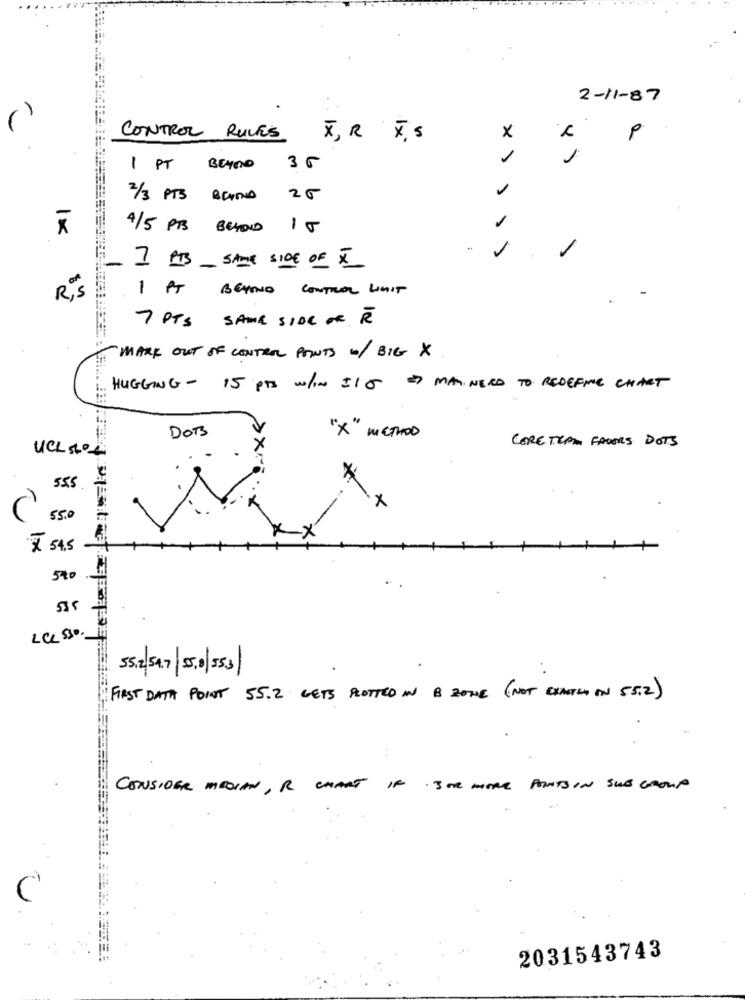
2 - 11- 87
P
CONTROL RULES
X, R 4,5
×
1
1 PT BERND 3 G
2/3 PTS BERND
25
1×
4/5 PTS BEYOND 1 J
-
I PTS_ SAME SIDE OF X
1 PT BENNO CONTROL LIMIT
R, s
7 PTS SAME SIDE OR R
-MARK OUT OF CONTROL POINTS W/ BIG X
HUGGING- 15 Pts w/IN I/O MANINEED TO REDEFINE CHART
DOBS
"X" METHOD
CORE TEAM FAVORS DOTS
UCL 5LOL
555
+
-X
₹ 54,5
540
535
LCL $30.
55.2 54.7 5.0|553
FIRST DATA POINT 55.2 GETS PLOTTED IN B ZONE (NOT EXACTLY ON 55.2)
CONSIDER MEDIAN, R CHART IF 3OR MORE POINTS IN SUB GROUP
C
2031543743